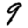
Digit: 9